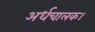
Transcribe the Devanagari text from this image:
अर्धचालक।